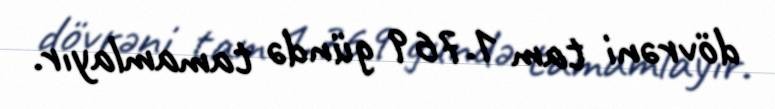
dövrəni tam 1.769 gündə tamamlayır.